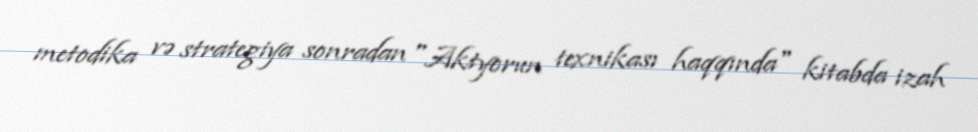
metodika və strategiya sonradan "Aktyorun texnikası haqqında" kitabda izah